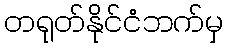
တရုတ်နိုင်ငံဘက်မှ